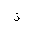
Letter: _thal